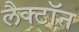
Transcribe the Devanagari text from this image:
लैक्टॉन